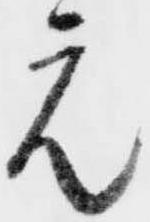
元